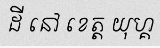
ដី នៅ ខេត្ត យុហ្គ